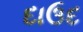
દાઉદ